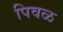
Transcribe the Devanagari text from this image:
पिवळ